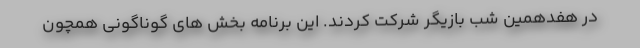
در هفدهمین شب بازیگر شرکت کردند. این برنامه بخش های گوناگونی همچون